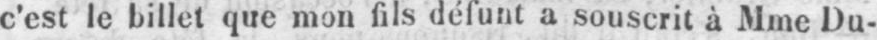
c’est le billet que mon fils défunt a souscrit à Mine Du-